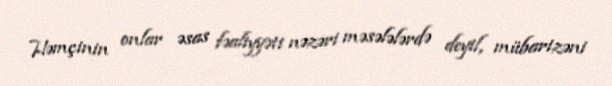
Həmçinin onlar əsas fəaliyyəti nəzəri məsələlərdə deyil, mübarizəni